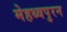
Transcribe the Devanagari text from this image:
मेहथ्वपुरन